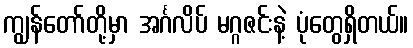
ကျွန်တော်တို့မှာ အင်္ဂလိပ် မဂ္ဂဇင်းနဲ့ ပုံတွေရှိတယ်။